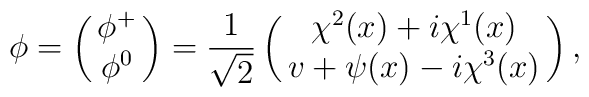
\phi=\left(\matrix{\phi^+\cr \phi^0\cr}\right)    =\frac{1}{\sqrt{2}}\left(\matrix{\chi^2(x)+i\chi^1(x)\cr                                     v+\psi(x)-i\chi^3(x)\cr}\right),